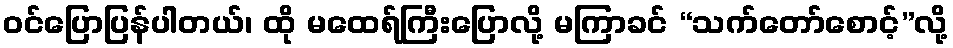
ဝင်ပြောပြန်ပါတယ်၊ ထို မထေရ်ကြီးပြောလို့ မကြာခင် “သက်တော်စောင့်”လို့